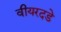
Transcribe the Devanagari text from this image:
वीयरदडे